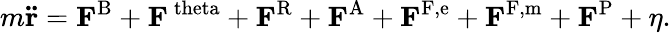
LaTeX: m\mathbf{\ddot{r}}=\mathbf{F}^{\mathrm{B}}+\mathbf{F}^{\mathrm{\ theta}}+\mathbf{F}^{\mathrm{R}}+\mathbf{F}^{\mathrm{A}}+\mathbf{F}^{\mathrm{F,e}}+\mathbf{F}^{\mathrm{F,m}}+\mathbf{F}^{\mathrm{P}}+\eta.